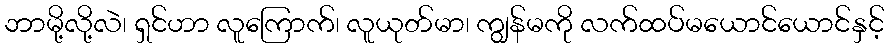
ဘာမို့လို့လဲ၊ ရှင်ဟာ လူကြောက်၊ လူယုတ်မာ၊ ကျွန်မကို လက်ထပ်မယောင်ယောင်နှင့်